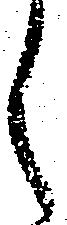
く